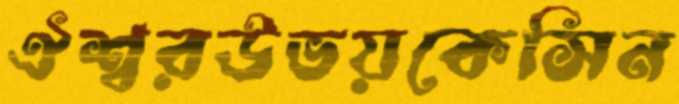
ঐশ্বরউভয়কেসিন